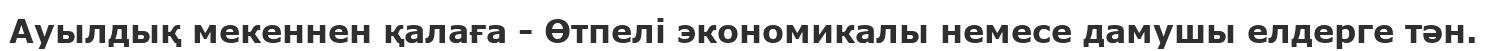
Ауылдық мекеннен қалаға - Өтпелі экономикалы немесе дамушы елдерге тән.